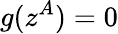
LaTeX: g(z^{A})=0